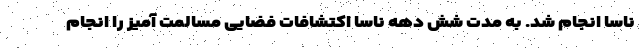
ناسا انجام شد. به مدت شش دهه ناسا اکتشافات فضایی مسالمت آمیز را انجام